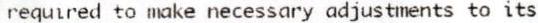
REQUIRED TO MAKE NECESSARY ADJUSTMENTS TO ITS